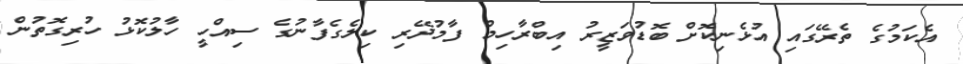
އެކަމުގެ ތެރޭގައި އުޅެނިކޮށް ބޮޑުވަޒީރު އިބްރާހިމް ފާމުދޭރި ކިލެގެފާނުގެ ސިއްހީ ހާލުކޮޅު ހުރިގޮތުން